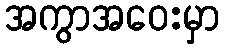
အကွာအဝေးမှာ